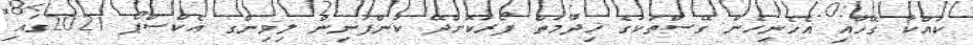
ކައްކާ ގޭހާއި އެހެނިހެން ގޭސްތަކުގެ ޚިދުމަތް ފޯރުކޮށްދޭ ކުންފުނިން ލިވިންގ އެކްސްޕޯ 2021ގައި